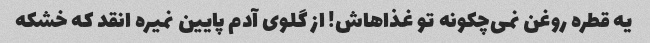
یه قطره روغن نمی‌چکونه تو غذاهاش! از گلوی آدم پایین نمیره انقد که خشکه